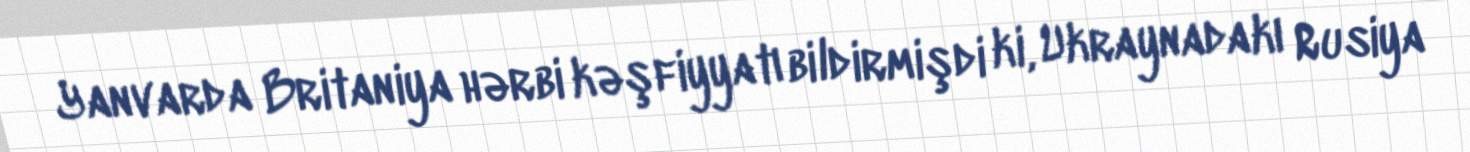
Yanvarda Britaniya hərbi kəşfiyyatı bildirmişdi ki, Ukraynadakı Rusiya